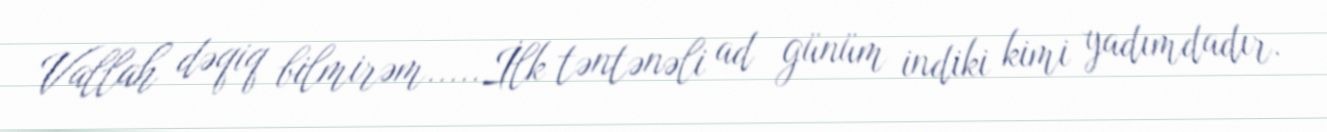
Vallah dəqiq bilmirəm.....İlk təntənəli ad günüm indiki kimi yadımdadır.